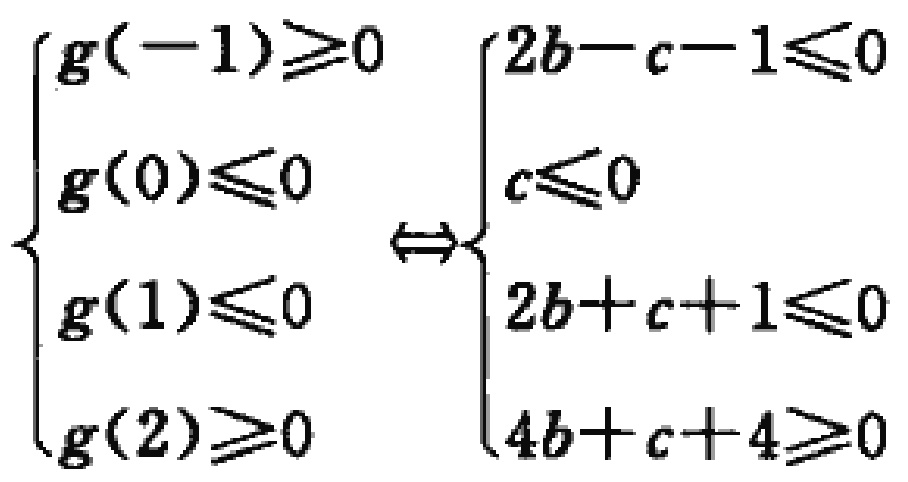
\[\begin{cases}
g(-1)\geq0 \\
g(0)\leq0 \\
g(1)\leq0 \\
g(2)\geq0
\end{cases}\Leftrightarrow
\begin{cases}
2b - c - 1\leq0 \\
c\leq0 \\
2b + c + 1\leq0 \\
4b + c + 4\geq0
\end{cases}\]